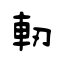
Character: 軔